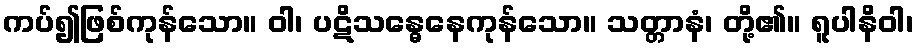
ကပ်၍ဖြစ်ကုန်သော။ ဝါ၊ ပဋိသန္ဓေနေကုန်သော။ သတ္တာနံ၊ တို့၏။ ရူပါနိဝါ၊